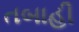
તબાહી